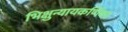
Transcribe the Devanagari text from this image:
भिक्षुन्यायकर्णिका